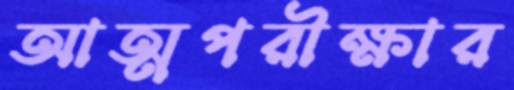
আত্মপরীক্ষার